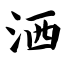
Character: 洒